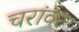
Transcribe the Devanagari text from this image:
चरांवर